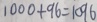
1 0 0 0 + 9 6 = 1 0 9 6